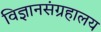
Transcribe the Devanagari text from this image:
विज्ञानसंग्रहालय